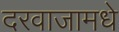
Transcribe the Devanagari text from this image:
दरवाजामधे